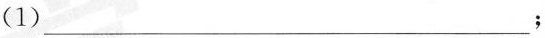
(1)___；